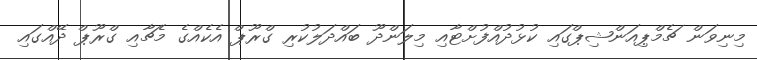
މިނިވަން ޗެމްޕިއަންޝިޕްގައި ކުޅުދުއްފުށްޓާއި މިލަންދޫ ބައްދަލުކުރި ގްރޫޕް އެކެއްގެ މެޗާއި ގްރޫޕް ދޭއްގައި